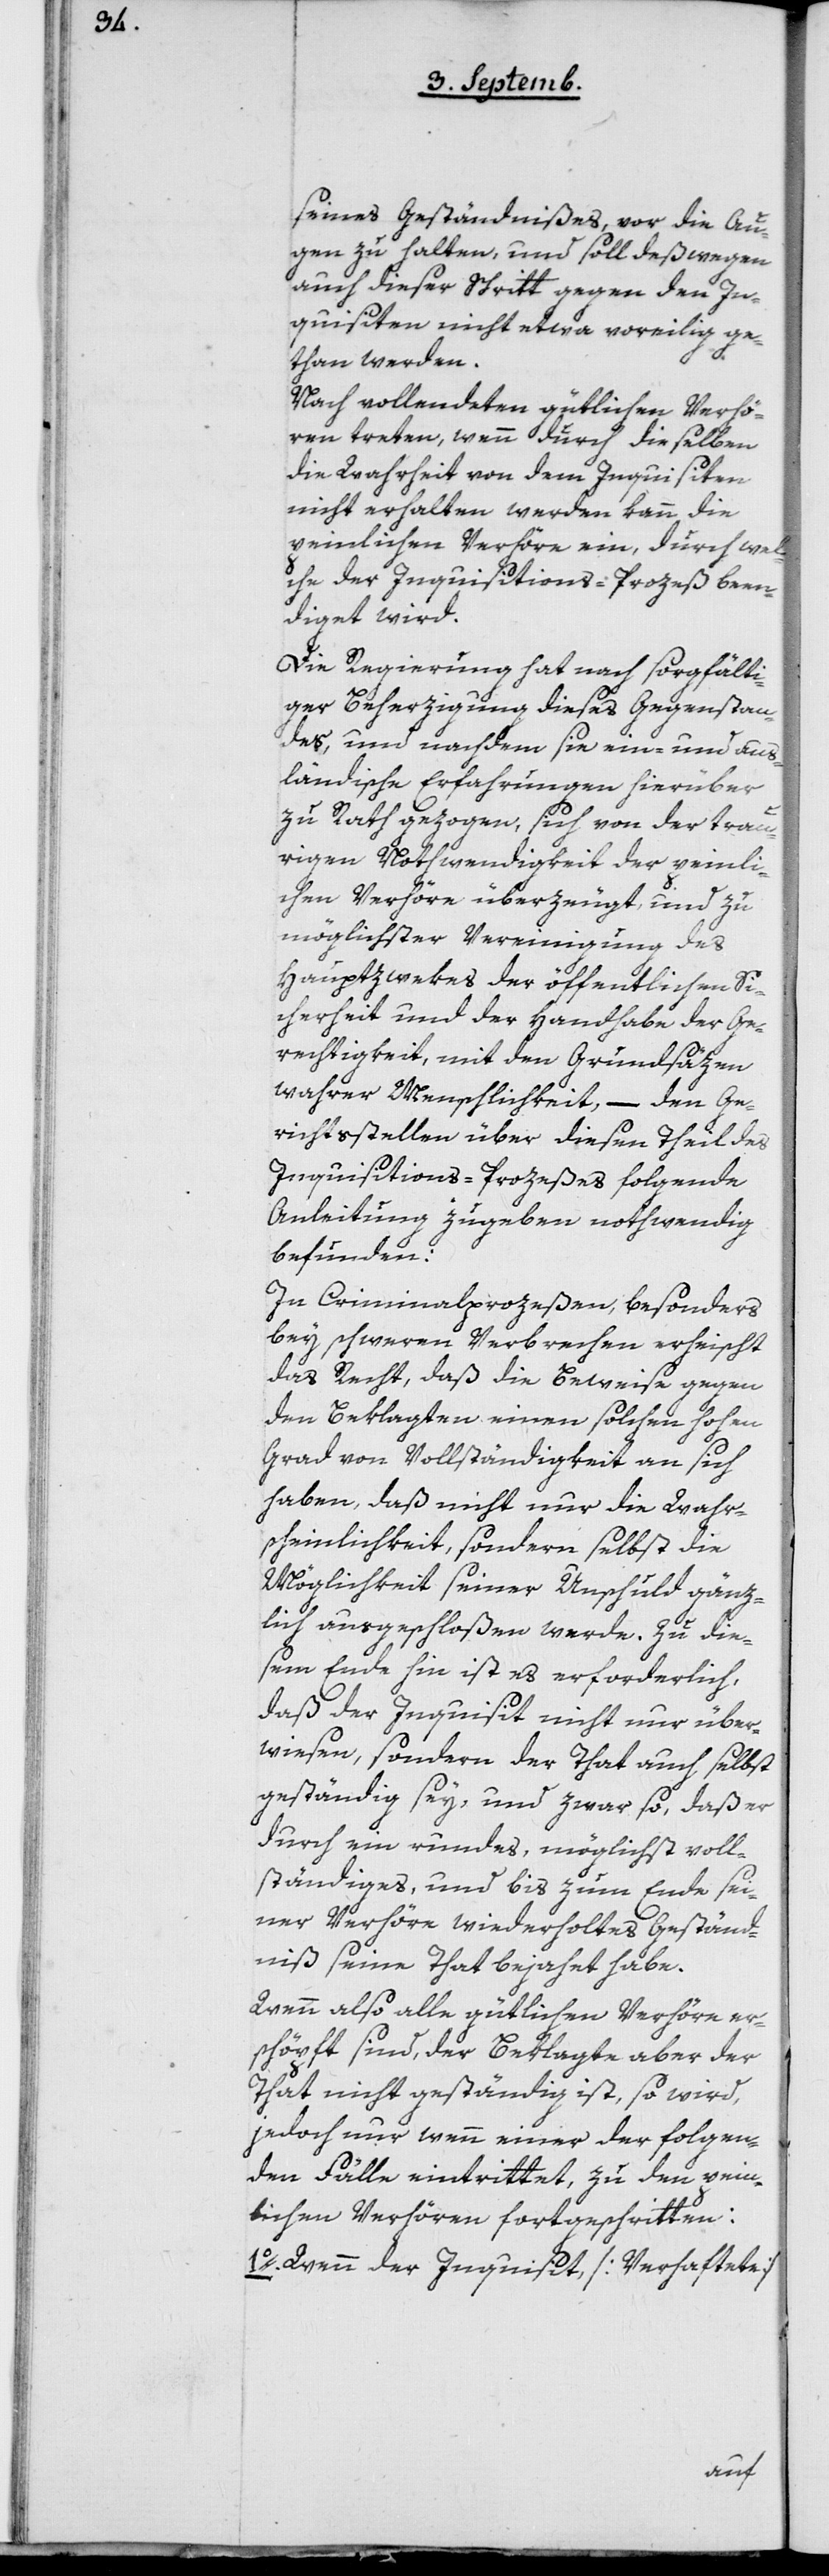
seines Geständnißes, vor die Au¬
gen zu halten, und soll deßwegen
auch dieser Schritt gegen den In¬
quisiten nicht etwa voreilig ge¬
than werden.
Nach vollendeten gütlichen Verhö¬
ren treten, wenn durch dieselben
die Wahrheit von dem Inquisiten
nicht erhalten werden kann die
peinlichen Verhöre ein, durch wel¬
che der Inquistions-Prozeß been¬
diget wird.
Die Regierung hat nach sorgfälti¬
ger Beherzigung dieses Gegenstan¬
des, und nachdem sie ein- und aus¬
ländische Erfahrungen hierüber
zu Rath gezogen, sich von der trau¬
rigen Nothwendigkeit der peinli¬
chen Verhöre überzeugt, und zu
möglichster Vereinigung des
Hauptzwekes der öffentlichen Si¬
cherheit und der Handhabe der Ge¬
rechtigkeit, mit den Grundsäzen
wahrer Menschlichkeit, – den Ge¬
richtsstellen über diesen Theil des
Inquistions-Prozeßes folgende
Anleitung zu geben nothwendig
befunden:
In Criminalprozeßen, besonders
bey schweren Verbrechen erheischt
das Recht, daß die Beweise gegen
den Beklagten einen solchen hohen
Grad von Vollständigkeit an sich
haben, daß nicht nur die Wahr¬
scheinlichkeit, sondern selbst die
Möglichkeit seiner Unschuld gänz¬
lich ausgeschloßen werde. Zu die¬
sem Ende hin ist es erforderlich,
daß der Inquisit nicht nur über¬
wiesen, sondern der That auch selbst
geständig sey, und zwar so, daß er
durch ein rundes, möglichst voll¬
ständiges, und bis zum Ende sei¬
ner Verhöre wiederholtes Geständ¬
niß seine That bejahet habe.
Wenn also alle gütlichen Verhöre er¬
schöpft sind, der Beklagte aber der
That nicht geständig ist, so wird,
jedoch nur wenn einer der folgen¬
den Fälle eintrittet, zu den pein¬
lichen Verhören fortgeschritten:
1o Wenn der Inquisit, [Verhaftete]